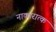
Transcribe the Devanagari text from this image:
नाकारात्क